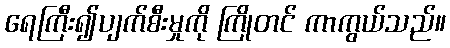
ရေကြီး၍ပျက်စီးမှုကို ကြိုတင် ကာကွယ်သည်။